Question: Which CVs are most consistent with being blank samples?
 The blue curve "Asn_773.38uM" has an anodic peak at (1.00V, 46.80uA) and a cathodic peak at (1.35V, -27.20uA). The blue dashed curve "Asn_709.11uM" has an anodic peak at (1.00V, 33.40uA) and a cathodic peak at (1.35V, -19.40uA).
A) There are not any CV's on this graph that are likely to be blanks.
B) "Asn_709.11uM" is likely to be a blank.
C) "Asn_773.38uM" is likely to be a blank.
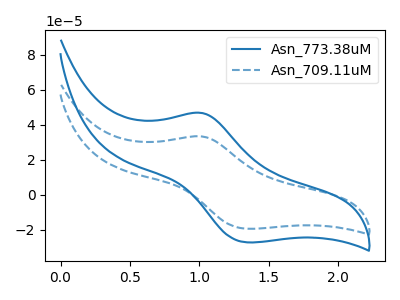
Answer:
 <answer>A) There are not any CV's on this graph that are likely to be blanks.</answer>
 <eval>A</eval>